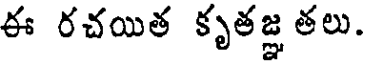
ఈ రచయిత కృతజ్ఞ తలు.